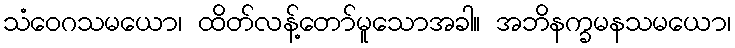
သံဝေဂသမယော၊ ထိတ်လန့်တော်မူသောအခါ။ အဘိနက္ခမနသမယော၊